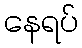
နေရပ်